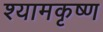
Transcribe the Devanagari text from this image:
श्यामकृष्ण